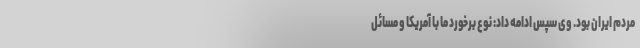
مردم ایران بود. وی سپس ادامه داد: نوع برخورد ما با آمریکا و مسائل